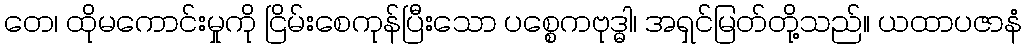
တေ၊ ထိုမကောင်းမှုကို ငြိမ်းစေကုန်ပြီးသော ပစ္စေကဗုဒ္ဓါ၊ အရှင်မြတ်တို့သည်။ ယထာပဇာနံ